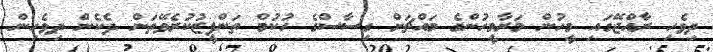
ދިވެހި ރާއްޖޭގައި މީހުން މަރާމީހުންގެ މައްޗަށް ގިސާސްގެ ހުކުމް ތަންފީޒުކުރެވޭތަން ދެކެން ދިވެހިން